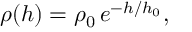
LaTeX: \rho ( h ) = \rho _ { 0 } \, e ^ { - h / h _ { 0 } } ,